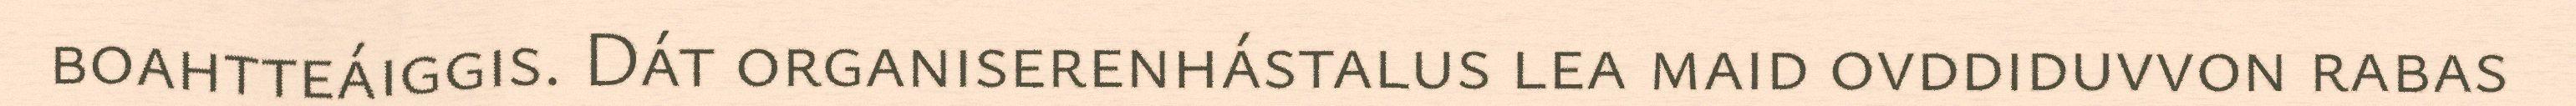
boahtteáiggis. Dát organiserenhástalus lea maid ovddiduvvon rabas